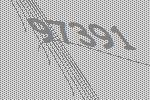
97391